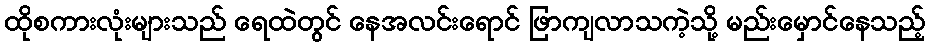
ထိုစကားလုံးများသည် ရေထဲတွင် နေအလင်းရောင် ဖြာကျလာသကဲ့သို့ မည်းမှောင်နေသည့်